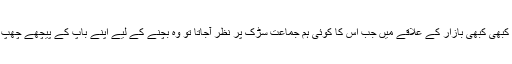
لیکن کبھی کبھی بازار کے علاقے میں جب اس کا کوئی ہم جماعت سڑک پر نظر آجاتا تو وہ بچنے کے لیے اپنے باپ کے پیچھے چھپ جاتا۔